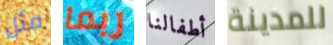
مثل ربما أطفالنا للمدينة